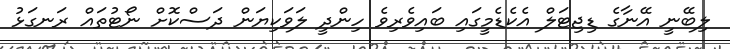
ލިބޭނީ އޭނާގެ ޑިޖިޓަލް އެކެޑެމީގައި ބައިވެރިވެ ހިންދީ ލަވަކިޔަން ދަސްކޮށް ނޯޓުތައް ރަނގަޅު